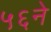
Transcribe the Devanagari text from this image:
५६ने